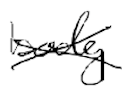
Text: body
Cross-out: cross
Writing tool: digital_black